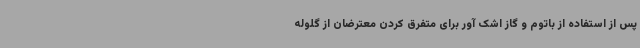
پس از استفاده از باتوم و گاز اشک آور برای متفرق کردن معترضان از گلوله